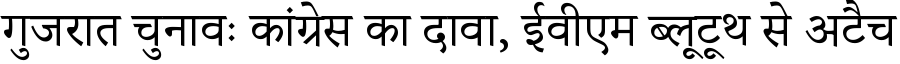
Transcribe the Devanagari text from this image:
गुजरात चुनावः कांग्रेस का दावा, ईवीएम ब्लूटूथ से अटैच